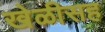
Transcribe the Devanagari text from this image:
खेळीसह